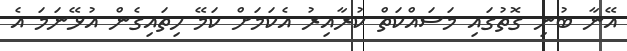
އޭނާ ބުނި ގޮތުގައި މަސައްކަތް ކުރާއިރު އެކަމަށް ކަމޭ ހިތައިގެން އުޅޭނަމަ އެ